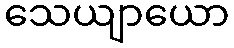
သေယျာယော